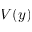
V ( y )